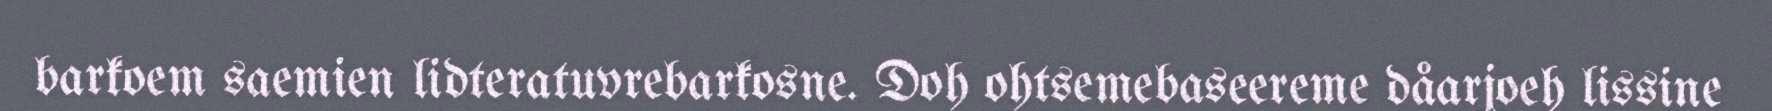
barkoem saemien lidteratuvrebarkosne. Doh ohtsemebaseereme dåarjoeh lissine